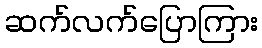
ဆက်လက်ပြောကြား